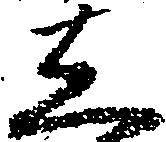
し